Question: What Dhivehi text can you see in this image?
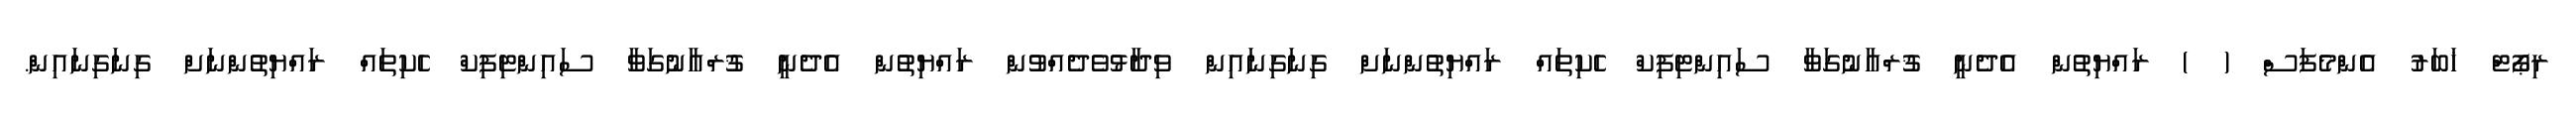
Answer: ރިޕޯޓް ޚަބަރު އެންމެފަސް ( ) ރައްޔިތުން އެދެނީ ޤުރްއާނުގަވާ ސައިންޓިފިކް ހެކިތައް ރައްޔިތުންނަށް ގިނަގިނައިން ވިދާޅުވެދެއްވުން ރައްޔިތުން އެދެނީ ޤުރްއާނުގަވާ ސައިންޓިފިކް ހެކިތައް ރައްޔިތުންނަށް ގިނަގިނައިން.